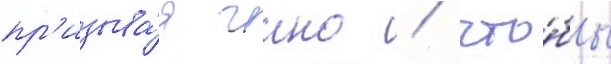
пр'изыва́я чино / что́бы